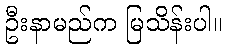
ဦးနာမည်က မြသိန်းပါ။